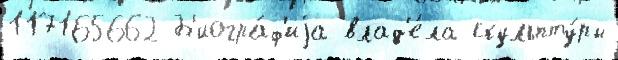
117165662 Б'иогра́ф'иjа влад'е́ла скульпту́ры